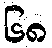
၆၈